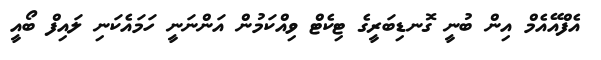
އެފްއޭއެމް އިން ބުނީ ގޮނޑިބަރީގެ ޓިކެޓް ވިއްކަމުން އަންނަނީ ހަމައެކަނި ލައިފް ބޯއީ